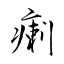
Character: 瘌